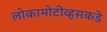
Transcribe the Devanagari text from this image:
लोकामोटीव्हसकडे